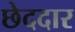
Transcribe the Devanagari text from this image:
छेददार